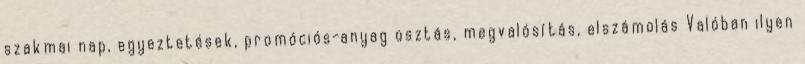
szakmai nap, egyeztetések, promóciós-anyag osztás, megvalósítás, elszámolás Valóban ilyen